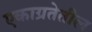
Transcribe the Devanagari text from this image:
एकाग्रतेतील